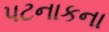
પટનાકના